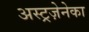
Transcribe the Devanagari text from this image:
अस्ट्रज़ेनेका